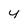
Character: y